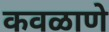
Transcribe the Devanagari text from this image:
कवळाणे